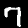
Digit: 7